Scottish Leaving Certificate Examination, 1951
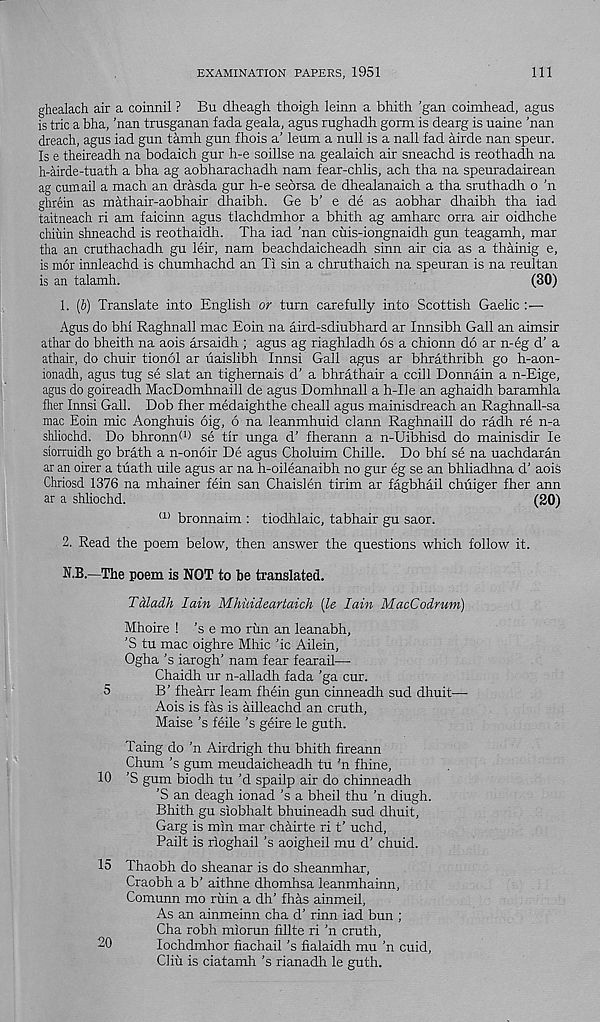
EXAMINATION PAPERS, 1951
111
ghealach air a coinnil ? Bu dheagh thoigh leinn a bhith ’gan coimhead, agus
is trie a bha, ’nan trusganan fada geala, agus rughadh gorm is dearg is uaine 'nan
dreach, agus iad gun tamh gun fhois a’ leum a null is a nail fad airde nan speur.
Is e theireadh na bodaich gur h-e soillse na gealaich air sneachd is reothadh na
h-airde-tuath a bha ag aobharachadh nam fear-chlis, ach tha na speuradairean
ag cumail a mach an drasda gur h-e seorsa de dhealanaich a tha sruthadh o ’n
ghrein as mathair-aobhair dhaibh. Ge b’ e de as aobhar dhaibh tha iad
taitneach ri am faicinn agus tlachdmhor a bhith ag amharc orra air oidhche
chiuin shneachd is reothaidh. Tha iad 'nan cuis-iongnaidh gun teagamh, mar
tha an cruthachadh gu leir, nam beachdaicheadh sinn air cia as a thainig e,
is mor innleachd is chumhachd an Ti sin a chruthaich na speuran is na reultan
is an talamh.
(30)
1. (b) Translate into English or turn carefully into Scottish Gaelic
Agus do bhi Raghnall mac Eoin na aird-sdiubhard ar Innsibh Gall an aimsir
athar do bheith na aois arsaidh ; agus ag riaghladh 6s a chionn do ar n-eg d’ a
athair, do chuir tionol ar uaislibh Innsi Gall agus ar bhrathribh go h-aon-
ionadh, agus tug se slat an tighernais d’ a bhrathair a ccill Donnain a n-Eige,
agus do goireadh MacDomhnaill de agus Domhnall a h-Ue an aghaidh baramhla
flier Innsi Gall. Dob fher medaighthe cheall agus mainisdreach an Raghnall-sa
mac Eoin mic Aonghuis 6ig, 6 na leanmhuid clann Raghnaill do radh re n-a
shliochd. Do bhromh 1 ) se tir unga d’ fherann a n-Uibhisd do mainisdir le
siorruidh go brath a n-onoir De agus Choluim Chille. Do bhi se na uachdaran
ar an oirer a tuath uile agus ar na h-oileanaibh no gur eg se an bhliadhna d’ aois
Chriosd 1376 na mhainer fein san Chaislen tirim ar fagbhail chuiger fher ann
ar a shliochd.
(20)
<u bronnaim : tiodhlaic, tabhair gu saor.
2. Read the poem below, then answer the questions which follow it.
The poem is NOT to be translated.
Taladh Iain Mhuideartaich [le Iain MacCodnmi)
Mhoire ! 's e mo rim an leanabh,
'S tu mac oighre Mhic ’ic Ailein,
Ogha’s iarogh’ nam fear fearail—•
Chaidh ur n-alladh fada ’ga cur.
5
B’ fhearr learn fhein gun cinneadh sud dhuit—
Aois is fas is ailleachd an cruth,
Maise's feile’s geire le guth.
Taing do ’n Airdrigh thu bhith fireann
Chum 's gum meudaicheadh tu 'n fhine,
10 ’S gum biodh tu’d spailp air do chinneadh
’S an deagh ionad’s a bheil thu ’n diugh.
Bhith gu siobhalt bhuineadh sud dhuit,
Garg is min mar chairte ri t’ uchd,
Pailt is rioghail ’s aoigheil mu d’ chuid.
15 Thaobh do sheanar is do sheanmhar,
Craobh a b’ aithne dhomhsa leanmhainn,
Comunn mo ruin a dh’ fhas ainmeil,
As an ainmeinn cha d’ rinn iad bun ;
Cha robh miorun fillte ri 'n cruth,
20
lochdmhor fiachail ’s fialaidh mu ’n cuid,
Cliu is ciatamh ’s rianadh le guth.